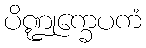
ပိဏ္ဍုက္ခေပကံ